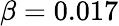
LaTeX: \beta=0.017